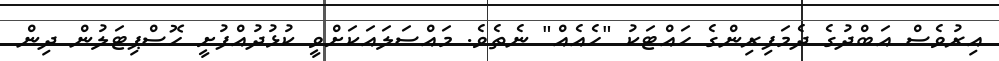
އިރުވެސް އަބްދުގެ ދެމަފިރިންގެ ހައްޓަކު "ހެއެއް" ނެތެވެ. މައްސަލައަކަށްވީ ކުޅުދުއްފުށީ ހޮސްޕިޓަލުން ދިން